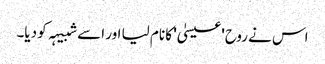
اس نے روح 'عیسیٰ' کا نام لیا اور اسے شبیہہ کو دیا۔